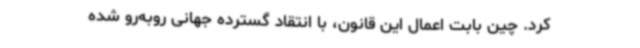
کرد. چین بابت اعمال این قانون، با انتقاد گسترده جهانی روبه‌رو شده